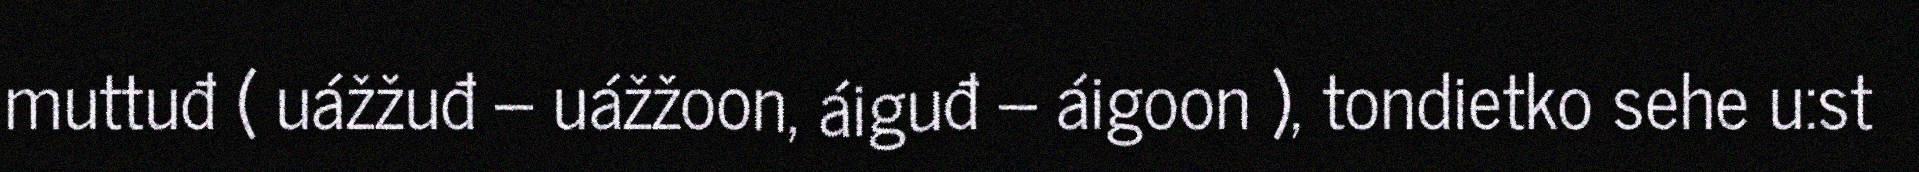
muttuđ ( uážžuđ – uážžoon, áiguđ – áigoon ), tondietko sehe u:st